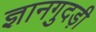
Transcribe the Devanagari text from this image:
ज्ञानगुदड़ी